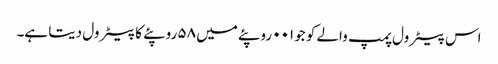
اس پیٹرول پمپ والے کو جو۰۰۱ روپئے میں ۵۸ روپئے کا پیٹرول دیتا ہے۔